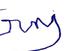
Signature authenticity: forged